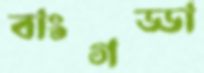
বাংগড্ডা